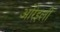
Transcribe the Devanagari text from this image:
ओरेइली